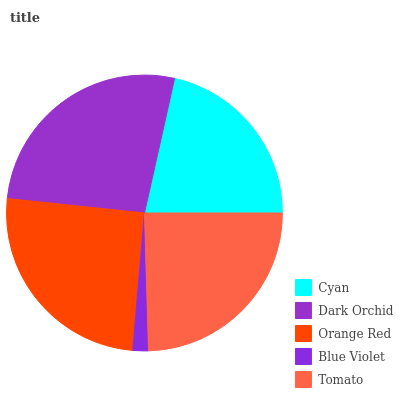
| Cyan | Dark Orchid | Orange Red | Blue Violet | Tomato |
 | --- | --- | --- | --- | --- |
 | 21.5% | 26.9% | 25.3% | 1.83% | 24.5% |